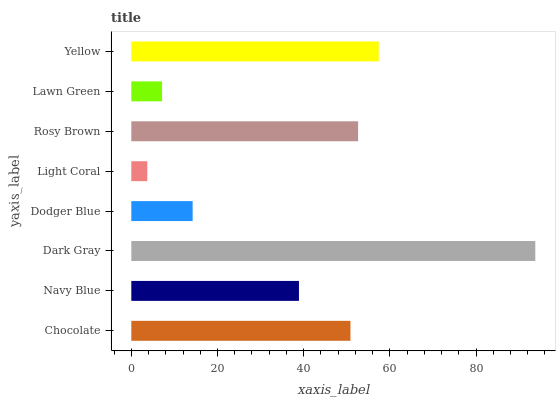
| yaxis_label | bars |
 | --- | --- |
 | Chocolate | 50.9 |
 | Navy Blue | 38.9 |
 | Dark Gray | 93.8 |
 | Dodger Blue | 14.2 |
 | Light Coral | 3.71 |
 | Rosy Brown | 52.6 |
 | Lawn Green | 7.14 |
 | Yellow | 57.4 |